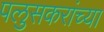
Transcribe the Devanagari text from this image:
पलुसकरांच्या